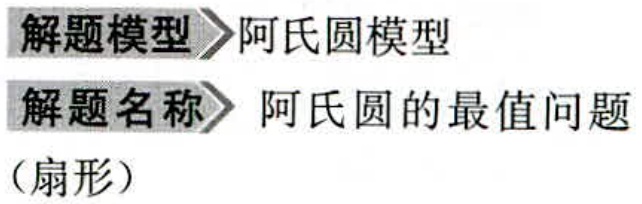
\begin{enumerate}

\item 解题模型$\to$阿氏圆模型

\item 解题名称$\to$阿氏圆的最值问题（扇形）

\end{enumerate}